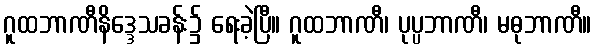
ဂူထဘာဏီနိဒ္ဒေသခန်း၌ ရေးခဲ့ပြီ။ ဂူထဘာဏီ၊ ပုပ္ပဘာဏီ၊ မဓုဘာဏီ။